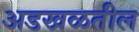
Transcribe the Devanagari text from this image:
अडखळतील